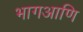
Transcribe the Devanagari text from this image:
भागआणि